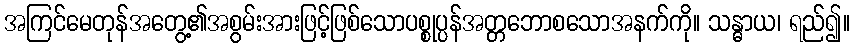
အကြင်မေတုန်အတွေ့၏အစွမ်းအားဖြင့်ဖြစ်သောပစ္စုပ္ပန်အတ္တဘောစသောအနက်ကို။ သန္ဓာယ၊ ရည်၍။